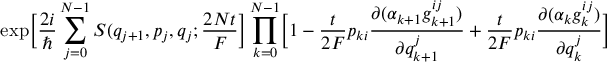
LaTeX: \exp \Bigl [ \frac { 2 i } { \hbar } \sum _ { j = 0 } ^ { N - 1 } S ( q _ { j + 1 } , p _ { j } , q _ { j } ; \frac { 2 N t } { F } \Bigr ] \prod _ { k = 0 } ^ { N - 1 } \Bigl [ 1 - \frac { t } { 2 F } p _ { k i } \frac { \partial ( \alpha _ { k + 1 } g _ { k + 1 } ^ { i j } ) } { \partial q _ { k + 1 } ^ { j } } + \frac { t } { 2 F } p _ { k i } \frac { \partial ( \alpha _ { k } g _ { k } ^ { i j } ) } { \partial q _ { k } ^ { j } } \Bigr ] \nonumber \,